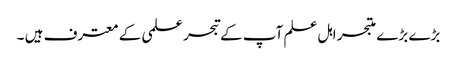
بڑے بڑے متبحر اہل علم آپ کے تبحر علمی کے معترف ہیں ۔